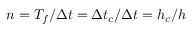
n = T _ { f } / \Delta t = \Delta t _ { c } / \Delta t = h _ { c } / h